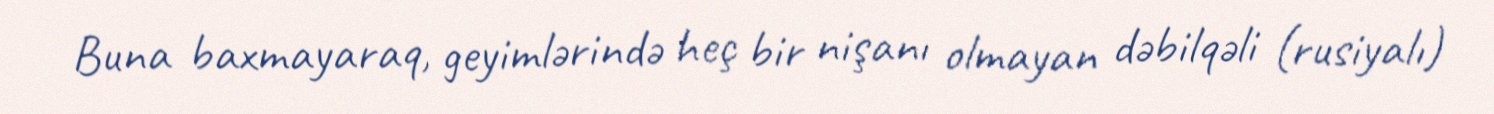
Buna baxmayaraq, geyimlərində heç bir nişanı olmayan dəbilqəli (rusiyalı)